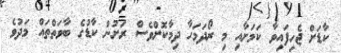
ކާޑަށް ޖެހިފައިވާ ކަމަށާއި މި ރޯދަމަހާ ދިމާކޮށްވެސް ރަށުން ކާޑުގެ ބާވަތްތައް މަދުވެ